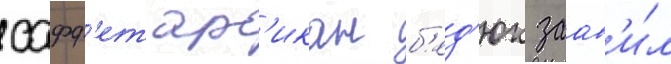
сафф'ет ар'икан б'ед'юк заав'и́л